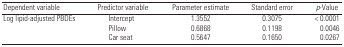
| Dependent variable | Predictor variable | Parameter estimate | Standard error | p-Value |
 | --- | --- | --- | --- | --- |
 | Log lipid-adjusted PBDEs | Intercept | 1.3552 | 0.3075 | < 0.0001 |
 |  | Pillow | 0.6868 | 0.1198 | 0.0046 |
 |  | Car seat | 0.5647 | 0.1650 | 0.0267 |